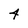
Character: 4